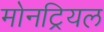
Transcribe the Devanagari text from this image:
मोनट्रियल